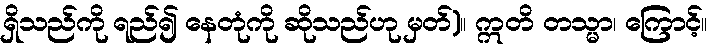
ရှိသည်ကို ရည်၍ နေတုံကို ဆိုသည်ဟု မှတ်)။ ဣတိ တသ္မာ၊ ကြောင့်။